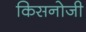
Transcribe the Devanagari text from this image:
किसनोजी